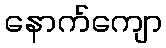
နောက်ကျော